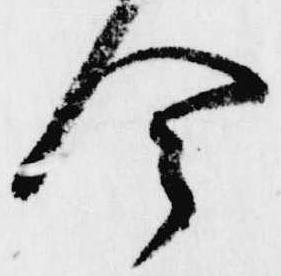
今